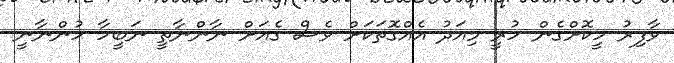
ވާފިރު ހީކޮށްގެން ހުރީ މިއަދު އެއްގޮތަކަށް ވެސް ގެއަށް ނާންނާތީ ނަބީހާ ހުންނާނީ